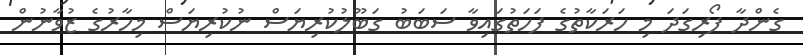
ގެންދާ ފޯރިގަދަ މި ހަރަކާތުގެ ފަހަތުގައިވާ ސަބަބު ގަބޫލުކުރިޔަސް ނުކުރިޔަސް މިހާރުގެ ޒުވާނުން